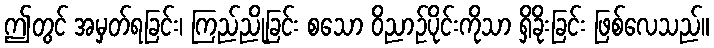
ဤတွင် အမှတ်ရခြင်း၊ ကြည်ညိုခြင်း စသော ဝိညာဉ်ပိုင်းကိုသာ ရှိခိုးခြင်း ဖြစ်လေသည်။